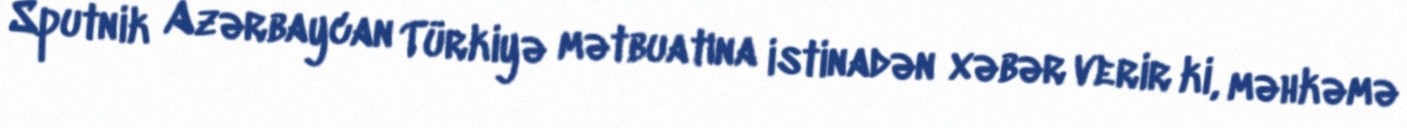
Sputnik Azərbaycan Türkiyə mətbuatına istinadən xəbər verir ki, məhkəmə